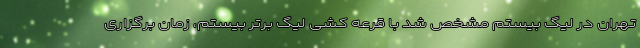
تهران در لیگ بیستم مشخص شد با قرعه کشی لیگ برتر بیستم، زمان برگزاری